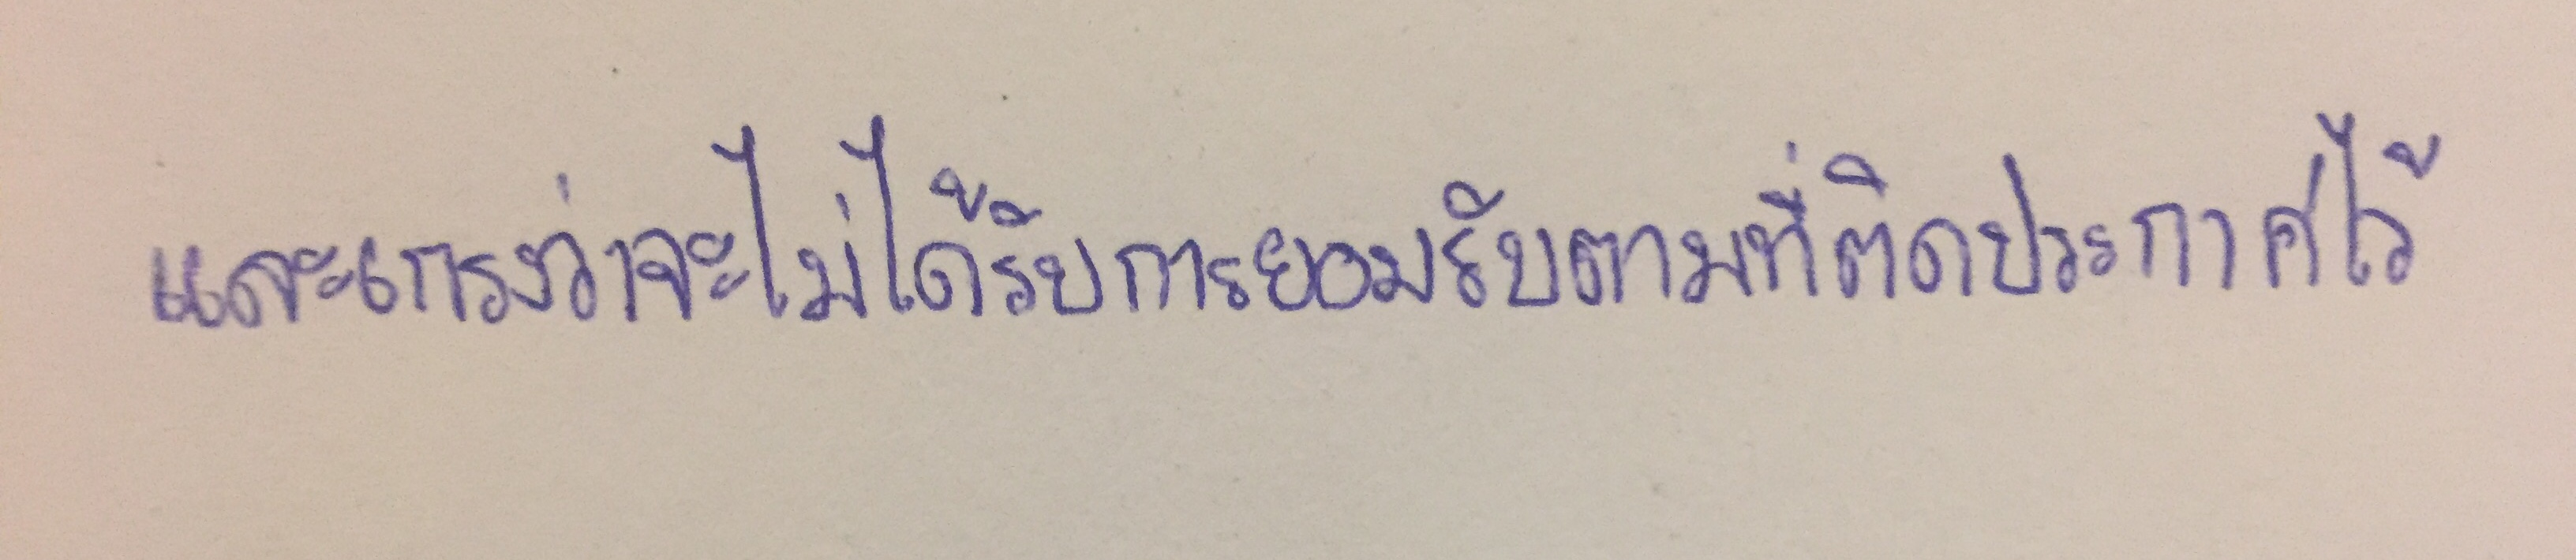
และเกรงว่าจะไม่ได้รับการยอมรับตามที่ติดประกาศไว้